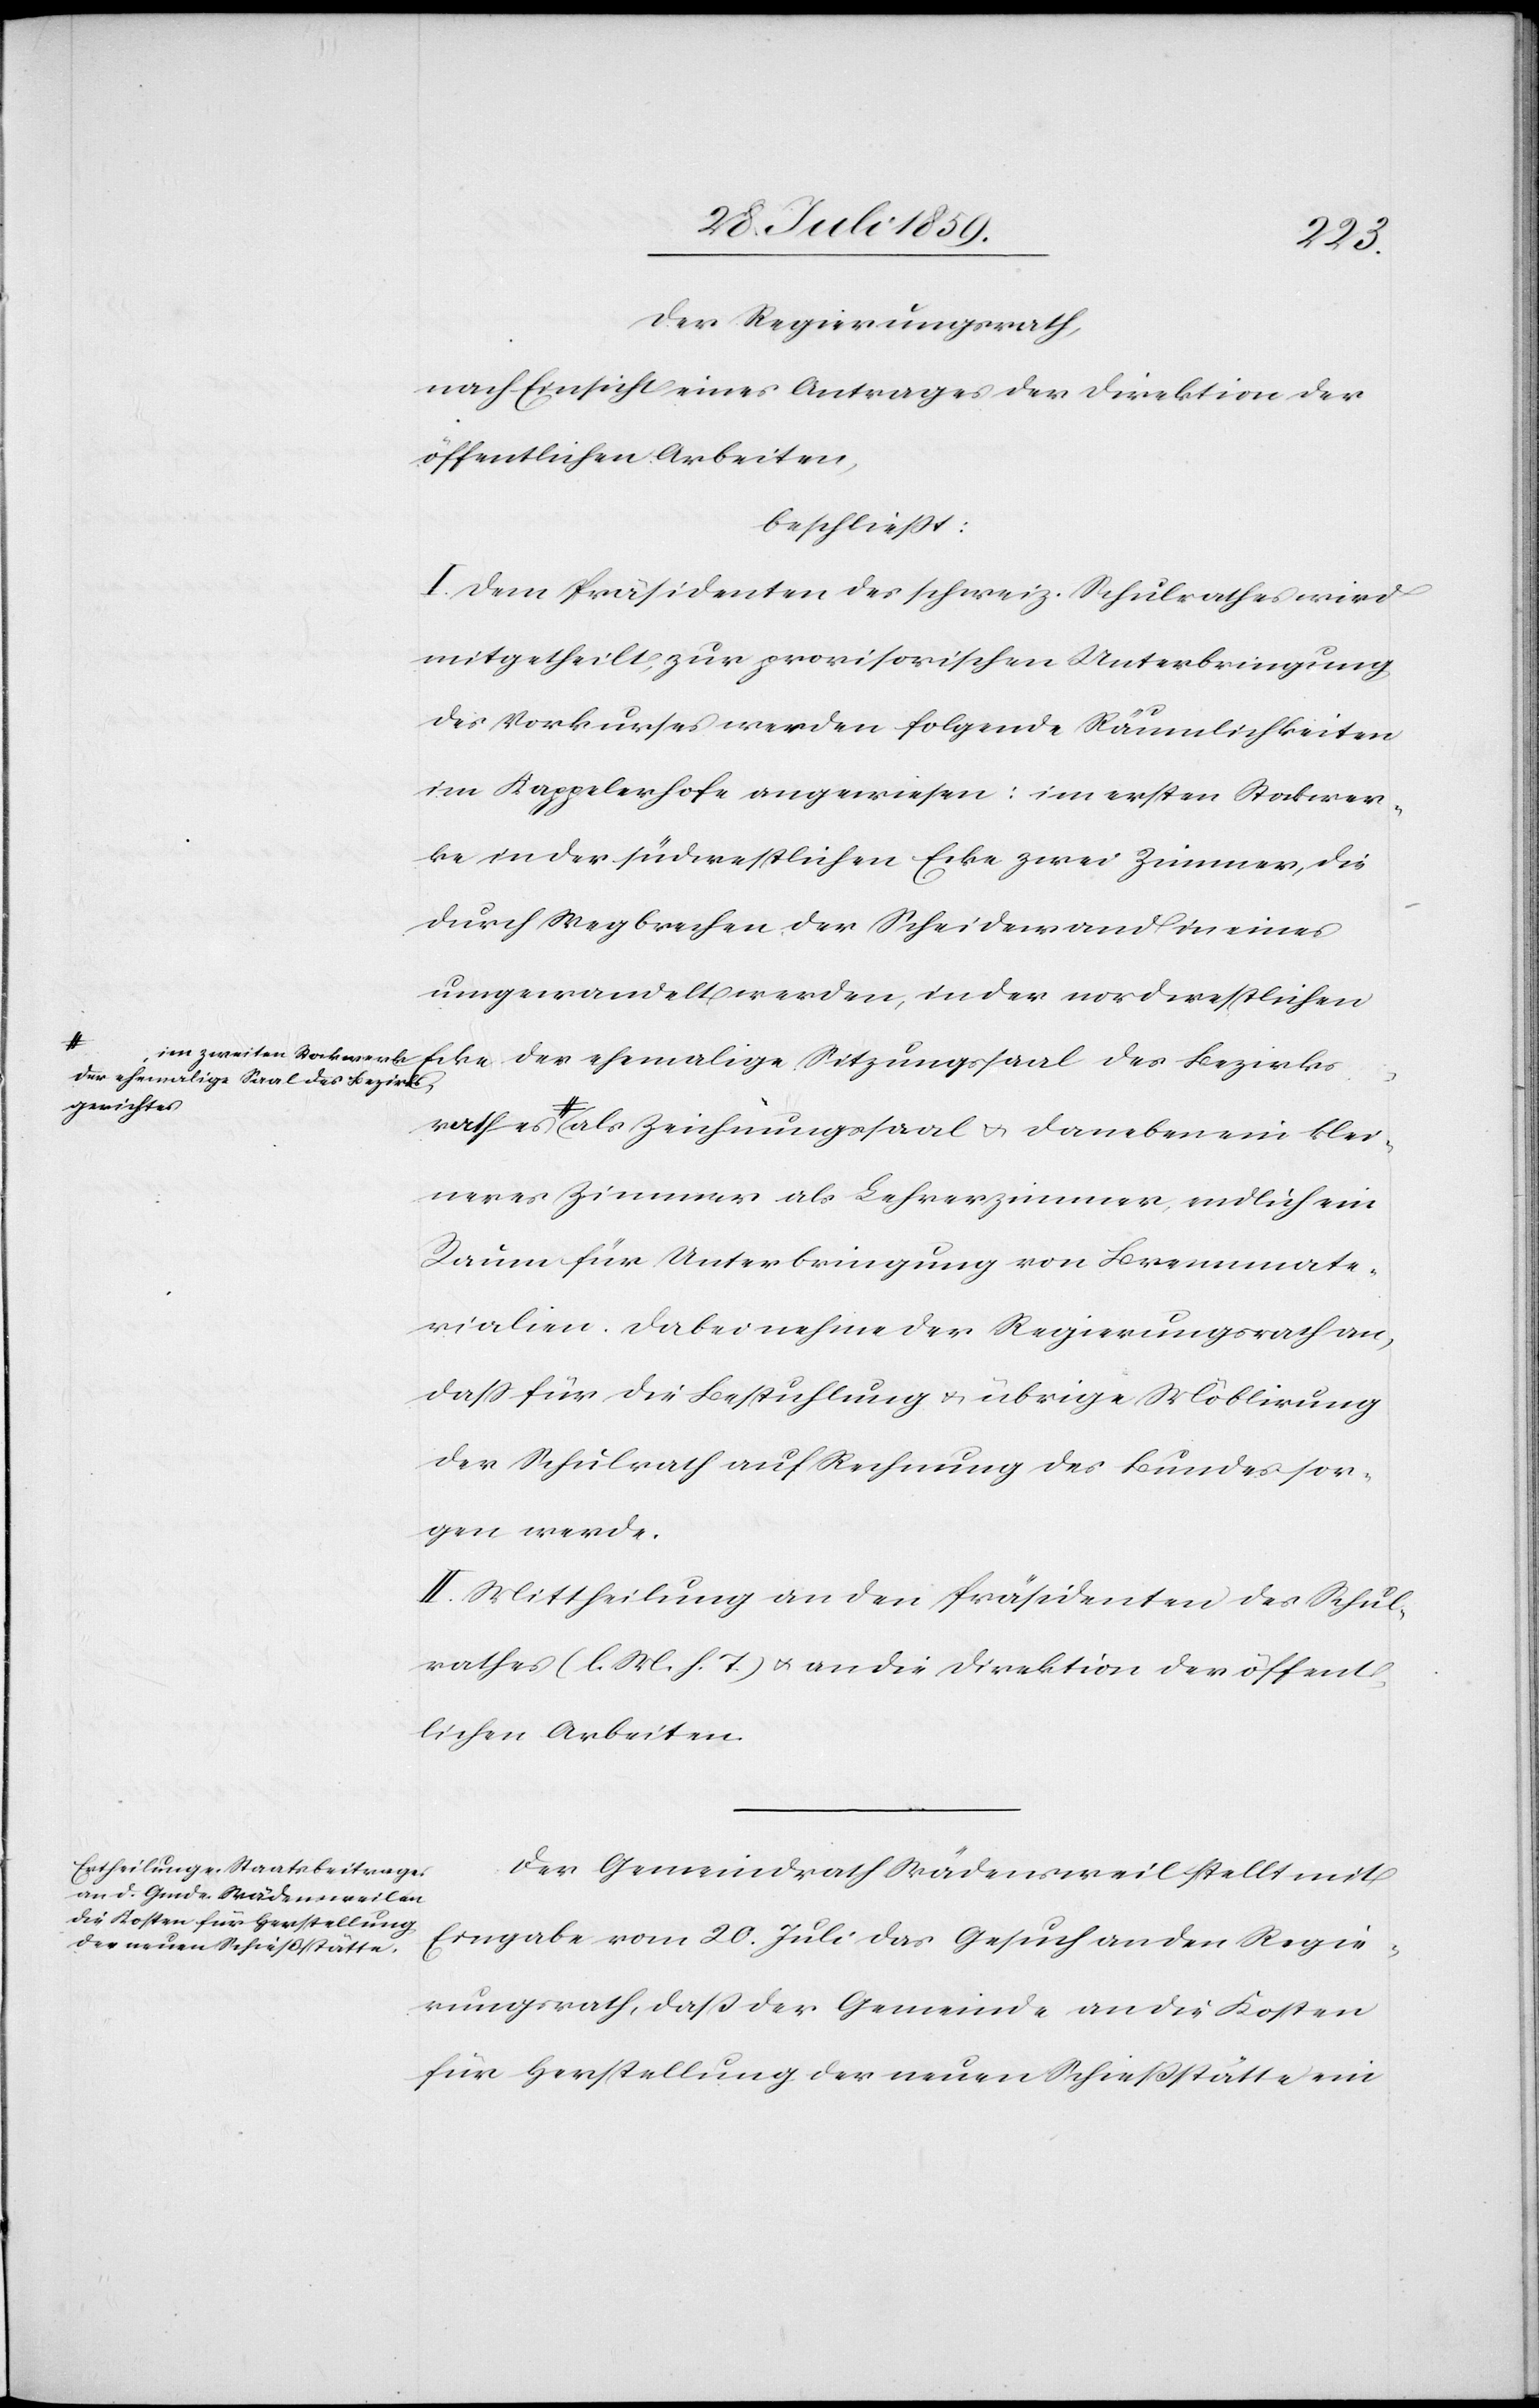
zweiten
Der Regierungsrath,
nach Einsicht eines Antrages der Direktion der
öffentlichen Arbeiten,
beschließt:
I. Dem Präsidenten des schweiz. Schulrathes wird
mitgetheilt, zur provisorischen Unterbringung
des Vorkurses werden folgende Räumlichkeiten
im Kappelerhofe angewiesen: im ersten Stockwer¬
ke in der südwestlichen Ecke zwei Zimmer, die
durch Wegbrechen der Scheidewand in eines
umgewandelt werden, in der nordwestlichen
der ehemalige Saal des Bezirks¬
gerichtes
als Zeichnungssaal u. daneben ein klei¬
neres Zimmer als Lehrerzimmer endlich ein
Raum für Unterbringung von Brennmate¬
rialien. Dabei nehme der Regierungsrath an,
daß für die Bestuhlung u. übrige Möblirung
der Schulrath auf Rechnung des Bundes sor¬
gen werde.
II. Mittheilung an den Präsidenten des Schul¬
rathes (l. M. h. T.) u. an die Direktion der öffent¬
lichen Arbeiten.
Der Gemeindrath Wädensweil stellt mit
Eingabe vom 20. Juli das Gesuch an den Regie¬
rungsrath, daß der Gemeinde an die Kosten
für Herstellung der neuen Schießstätte ein